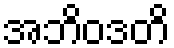
အဘိဝဒတိ